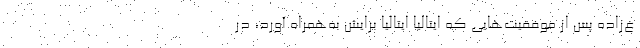
غ‌زاده پس از موفقیت‌هایی که ایتالیا ایتالیا برایش به‌همراه آورد، در